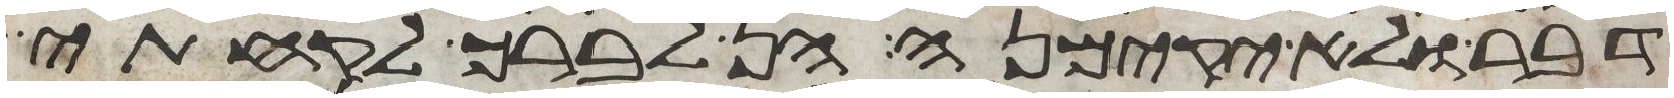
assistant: דבר ולא יקימנה הן לברך לקחתי